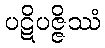
ပဋိပဇ္ဇိဿံ